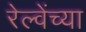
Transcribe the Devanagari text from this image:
रेल्वेंच्या